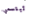
تبتسمي